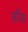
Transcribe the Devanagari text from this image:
सरिस